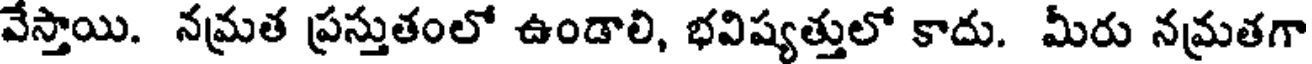
వేస్తాయి. నమ్రత ప్రస్తుతంలో ఉండాలి, భవిష్యత్తులో కాదు. మీరు నమ్రతగా